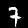
Label: 7